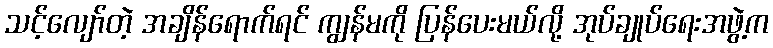
သင့်လျော်တဲ့ အချိန်ရောက်ရင် ကျွန်မကို ပြန်ပေးမယ်လို့ အုပ်ချုပ်ရေးအဖွဲ့က